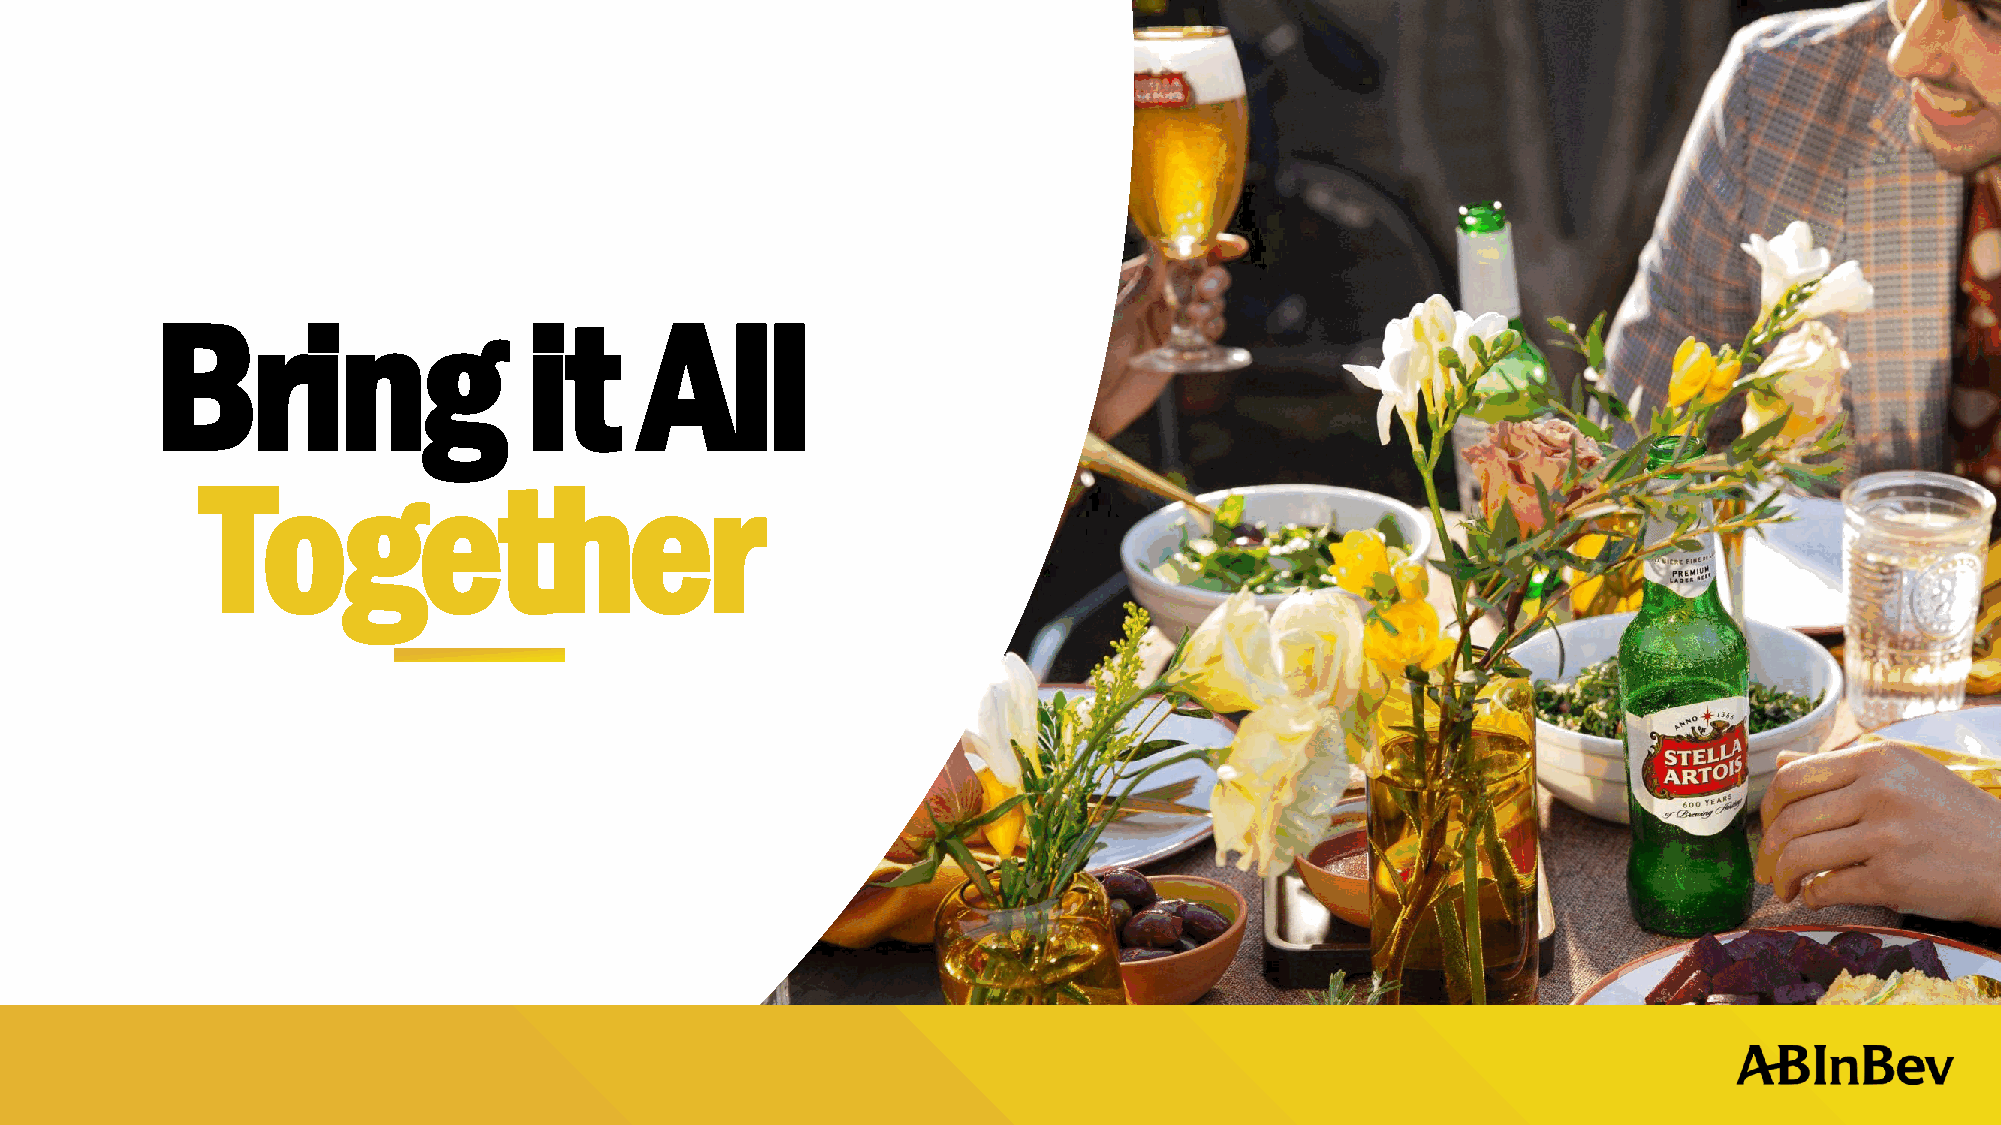
Bring                    it     All
 Together